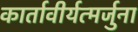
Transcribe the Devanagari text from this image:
कार्तावीर्यत्मर्जुना